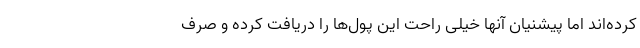
کرده‌اند اما پیشنیان آنها خیلی راحت این پول‌ها را دریافت کرده‌ و صرف